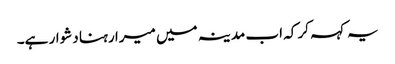
یہ کہہ کر کہ اب مدینہ میں میرا رہنا دشوار ہے۔